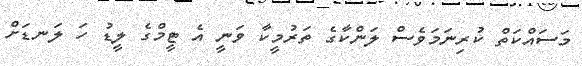
މަސައްކަތް ކުރިނަމަވެސް ލަންކާގެ ތަރުމީކާ ވަނީ އެ ޓީމްގެ ލީޑު ހަ ލަނޑަށް